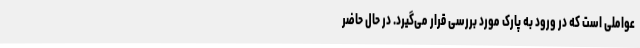
عواملی است که در ورود به پارک مورد بررسی قرار می‌گیرد. در حال حاضر